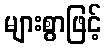
များစွာဖြင့်